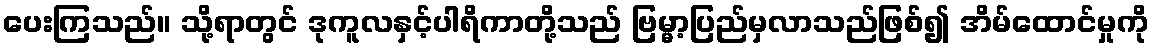
ပေးကြသည်။ သို့ရာတွင် ဒုကူလနှင့်ပါရိကာတို့သည် ဗြမ္မာ့ပြည်မှလာသည်ဖြစ်၍ အိမ်ထောင်မှုကို